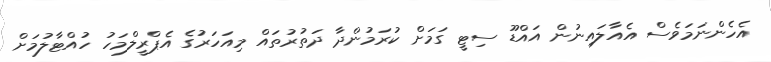
އެހެންނަމަވެސް އެއާލައިނުން އައްޑޫ ސިޓީ ގަމަށް ކުރަމުންދާ ދަތުރުތައް މިއަހަރުގެ އެޕްރީލްމަހު ހުއްޓާލުމަށް